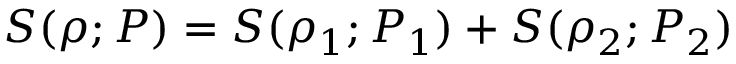
S ( \rho ; P ) = S ( \rho _ { 1 } ; P _ { 1 } ) + S ( \rho _ { 2 } ; P _ { 2 } )